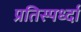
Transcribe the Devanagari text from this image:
प्रतिस्पर्ध्दा